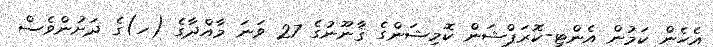
އެހެން ކަމުން އެންޓި-ކޮރަޕްޝަން ކޮމިޝަންގެ ޤާނޫނުގެ 27 ވަނަ މާއްދާގެ (ހ)ގެ ދަށުންވެސް